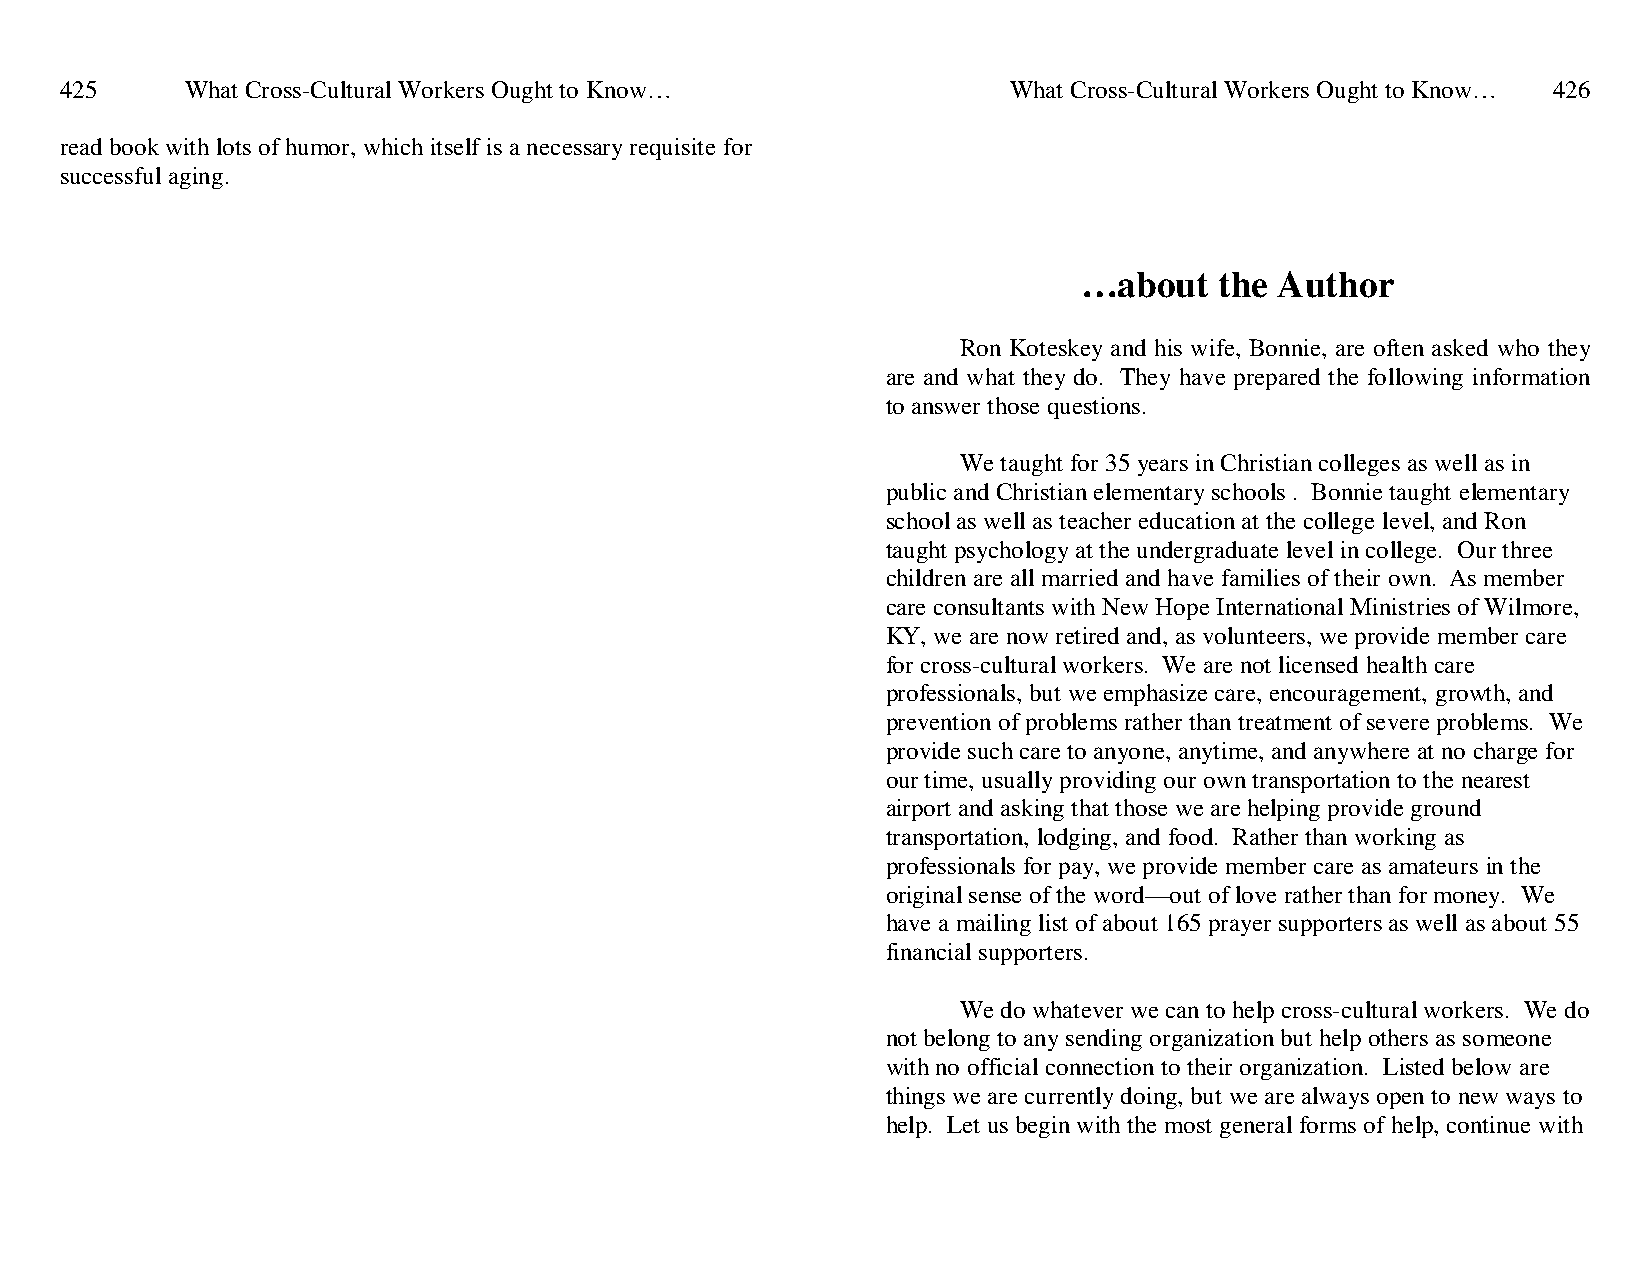
425     What Cross-Cultural Workers Ought to Know…             What Cross-Cultural Workers Ought to Know… 426
 read book with lots of humor, which itself is a necessary requisite for
 successful aging.
 …about   the Author
 Ron Koteskey and his wife, Bonnie, are often asked who they
 are and what they do. They have prepared the following information
 to answer those questions.
 We taught for 35 years in Christian colleges as well as in
 public and Christian elementary schools . Bonnie taught elementary
 school as well as teacher education at the college level, and Ron
 taught psychology at the undergraduate level in college. Our three
 children are all married and have families of their own. As member
 care consultants with New Hope International Ministries of Wilmore,
 KY, we are now retired and, as volunteers, we provide member care
 for cross-cultural workers. We are not licensed health care
 professionals, but we emphasize care, encouragement, growth, and
 prevention of problems rather than treatment of severe problems. We
 provide such care to anyone, anytime, and anywhere at no charge for
 our time, usually providing our own transportation to the nearest
 airport and asking that those we are helping provide ground
 transportation, lodging, and food. Rather than working as
 professionals for pay, we provide member care as amateurs in the
 original sense of the word—out of love rather than for money. We
 have a mailing list of about 165 prayer supporters as well as about 55
 financial supporters.
 We do whatever we can to help cross-cultural workers. We do
 not belong to any sending organization but help others as someone
 with no official connection to their organization. Listed below are
 things we are currently doing, but we are always open to new ways to
 help. Let us begin with the most general forms of help, continue with